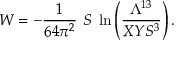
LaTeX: W = - { \frac { 1 } { 6 4 \pi ^ { 2 } } } \ S \ \ln \left( { \frac { \Lambda ^ { 1 3 } } { X Y S ^ { 3 } } } \right) .